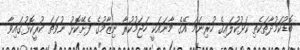
ބޮޑުކަމުދާތަކެތި ކަޅުކުލައިގެ ހުރިނަމަ އޭގެ މާނައަކީ ހަޖަމުކުރާ ނިޒާމުގެ ފެށޭކޮޅު ނުވަތަ ކުރީކޮޅުގައިވާ